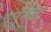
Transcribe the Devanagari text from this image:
चतुर्भुज।